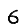
Digit: 6